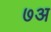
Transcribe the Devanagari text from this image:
७अ